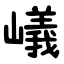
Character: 嶬